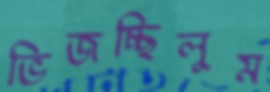
ভিজচ্ছিলুম